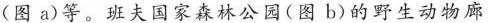
(图a)等。班夫国家森林公园(图b)的野生动物廊